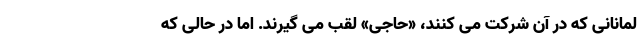
لمانانی که در آن شرکت می کنند، «حاجی» لقب می گیرند. اما در حالی که